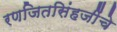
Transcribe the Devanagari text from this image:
रणजितसिंहजींचे